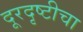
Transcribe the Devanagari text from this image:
दूरदृष्टीचा